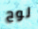
لوح